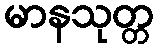
မာနသုတ္တ